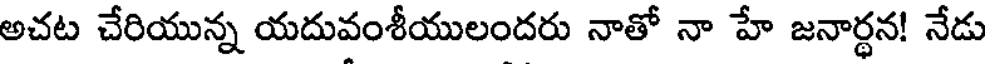
అచట చేరియున్న యదువంశీయులందరు నాతో నా హే జనార్థన! నేడు